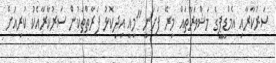
ސަރުކާރާއި އެމްޑީޕީގެ މަޝްވަރާތައް މިރޭ ފަށަނީ "މިއީ އިދިކޮޅު ފަރާތްތަކުން ސަރުކާރާއެކު ކުރިއަށް